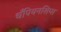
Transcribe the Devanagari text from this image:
चँपियनशिप्स